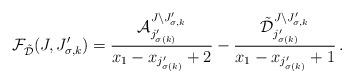
LaTeX: \begin{align*} {\mathcal{F}}_{\tilde{\mathcal{D}}}(J ,J'_{\sigma,k} ) = \frac{{\mathcal{A}}_{j'_{\sigma(k)}}^{J\setminus J'_{\sigma,k}} }{x_{1}-x_{j'_{\sigma(k)}} +2}-\frac{\tilde{\mathcal{D}}_{j'_{\sigma(k)}}^{J\setminus J'_{\sigma,k}} }{x_{1}-x_{ j'_{\sigma(k)}} +1}\,.\end{align*}